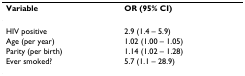
<table><thead><tr><td><b>Variable</b></td><td><b>OR (95% CI)</b></td></tr></thead><tbody><tr><td>HIV positive</td><td>2.9 (1.4 – 5.9)</td></tr><tr><td>Age (per year)</td><td>1.02 (1.00 – 1.05)</td></tr><tr><td>Parity (per birth)</td><td>1.14 (1.02 – 1.28)</td></tr><tr><td>Ever smoked?</td><td>5.7 (1.1 – 28.9)</td></tr></tbody></table>